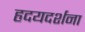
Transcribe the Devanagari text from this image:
हृदयदर्शना